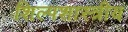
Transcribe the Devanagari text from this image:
शिल्पशास्त्रीय